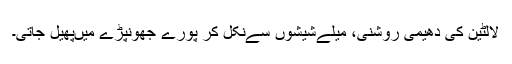
لالٹین کی دھیمی روشنی، مَیلےشیشوں سےنکل کر پورے جھونپڑے میںپھیل جاتی۔